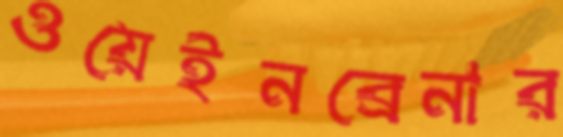
ওয়েইনব্রেনার